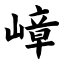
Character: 嶂